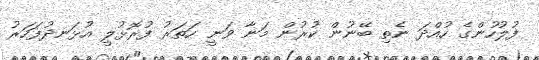
ފުލުހުންގެ ހުއްދަ ނެތި ބޭނުން ކުރުން މަނާ ވަނީ ހަތަރު ފުރޮޅުލީ އުޅަނދުފަހަރު